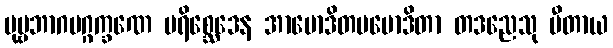
ပုဗ္ဗဘာဂမဂ္ဂက္ခဏေ ပရိစ္ဆေဒေန အာမောဒိတပမောဒိတာ တဒညေသု ပီတာယ